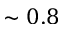
\sim 0 . 8